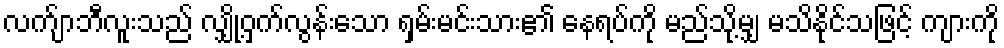
လက်ျာဘီလူးသည် လျှို့ဝှက်လွန်းသော ရှမ်းမင်းသား၏ နေရပ်ကို မည်သို့မျှ မသိနိုင်သဖြင့် ကျားကို